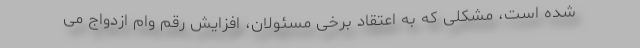
شده است، مشکلی که به اعتقاد برخی مسئولان، افزایش رقم وام ازدواج می